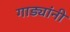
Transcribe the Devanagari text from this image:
गाड्यांनी